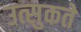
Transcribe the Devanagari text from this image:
उत्सुकते